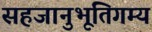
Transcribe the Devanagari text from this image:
सहजानुभूतिगम्य